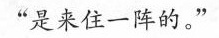
“是来住一阵的。”